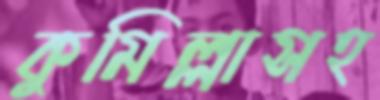
কুমিল্লাসহ